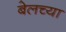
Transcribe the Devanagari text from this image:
बेलच्या